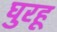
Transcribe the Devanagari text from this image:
घुरहू